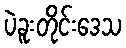
ပဲခူးတိုင်းဒေသ